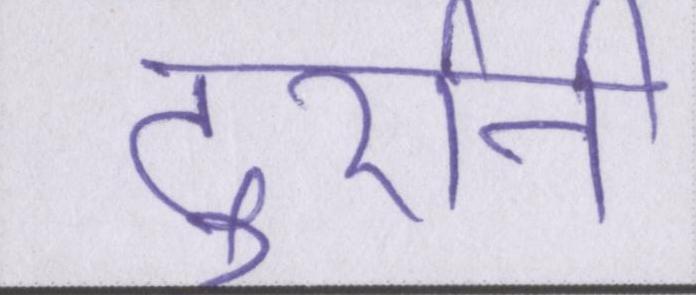
दुर्रानी